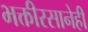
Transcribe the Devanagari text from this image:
भक्तीरसानेही